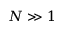
N \gg 1